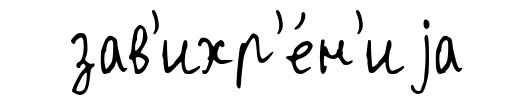
зав'ихр'е́н'иjа